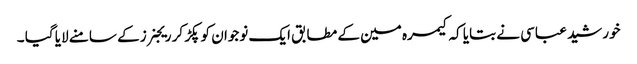
خورشید عباسی نے بتایا کہ کیمرہ مین کے مطابق ایک نوجوان کو پکڑ کر ریجنرز کے سامنے لایا گیا ۔